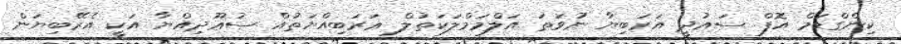
ކިންގްޑަމް އޮފް ސައުދީ އަރަބިޔާ ނުވަތަ އަލްމަމްލަކަތުލް ޢަރަބިއްޔަތުއް ސުޢޫދިއްޔާ އަކީ އެރޭބިޔަން